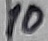
Text: 10